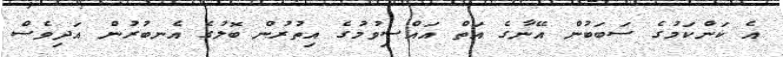
އެ ކަންކަމުގެ ސަބަބުން އޭނާގެ އަތް އައްސިވުމުގެ އިތުރުން ބޮލުގެ އެނބުރުން އަދިވެސް